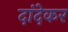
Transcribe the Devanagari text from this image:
दांदेकर